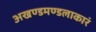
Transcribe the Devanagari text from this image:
अखण्डमण्डलाकारं